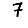
Digit: 7